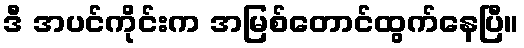
ဒီ အပင်ကိုင်းက အမြစ်တောင်ထွက်နေပြီ။